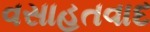
વસાહતવાદ